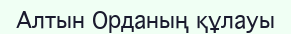
Алтын Орданың құлауы